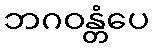
ဘဂဝန္တံပေ